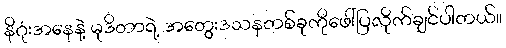
နိဂုံးအနေနဲ့ မုဒိတာရဲ့ အတွေးဒသနတစ်ခုကိုဖေါ်ပြလိုက်ချင်ပါတယ်။